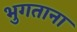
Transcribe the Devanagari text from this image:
भुगताना